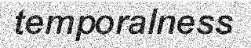
temporalness